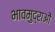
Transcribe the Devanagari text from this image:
भावमुद्राओं